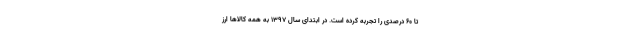
تا ۶۰ درصدی را تجربه کرده است. در ابتدای سال ۱۳۹۷ به همه کالاها ارز